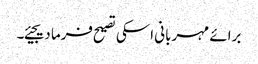
برائے مہربانی اسکی تصیح فرما دیجیئے۔